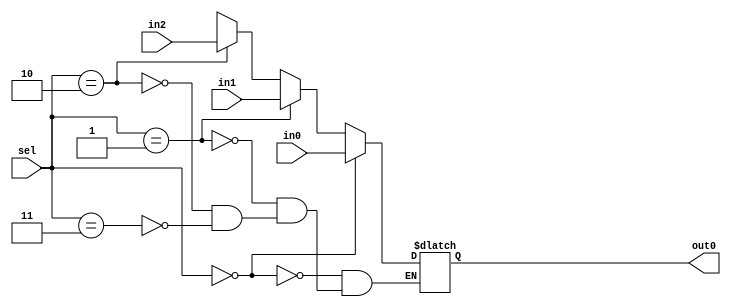
module m5x3(in0, in1, in2, sel, out0);

  input [4:0] in0;
  input [4:0] in1;
  input [4:0] in2;
  input [1:0] sel;
  output [4:0] out0;
  reg [4:0] out0;

  always @ (in0 or in1 or in2 or sel)
  begin
    if (sel == 2'd0)
      out0 <= in0;
    else if (sel == 2'd1)
	 out0 <= in1;
    else if (sel == 2'd2)
      out0 <= in2;
    else if (sel == 2'd3)
      out0 <= 5'bxxxxx;
  end

endmodule